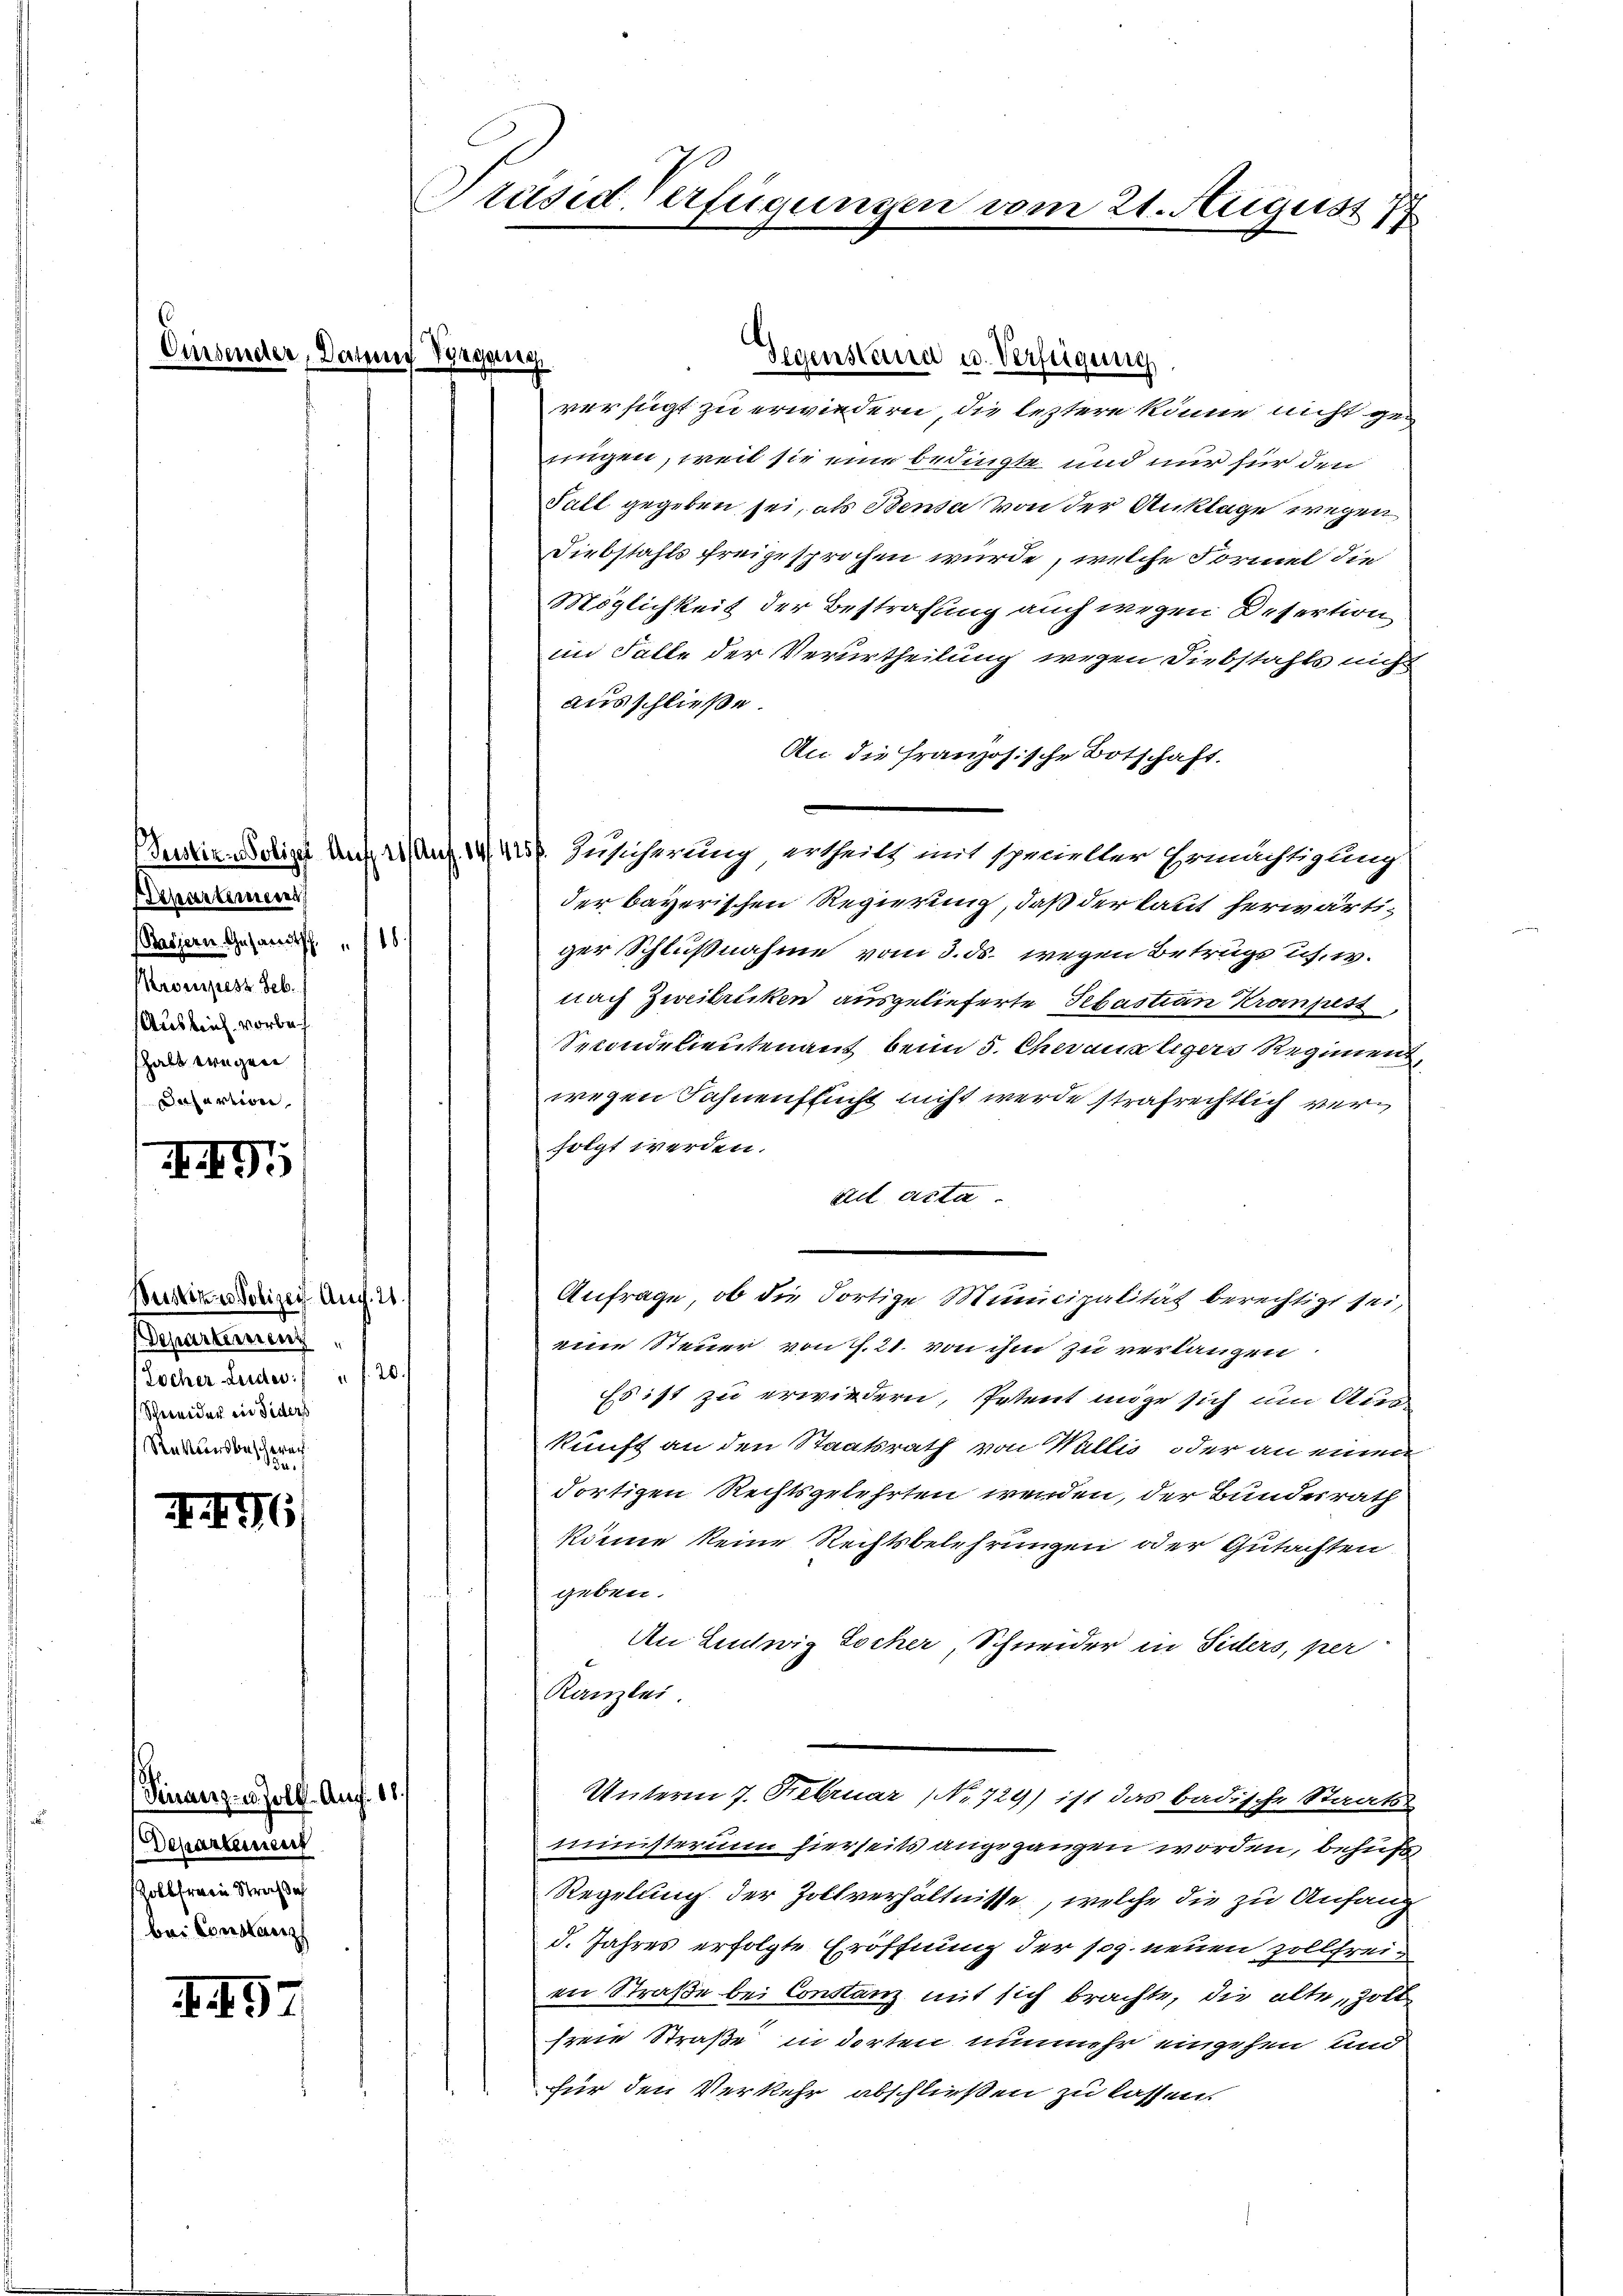
Cursend

e

Departemen
Bassern Gesandtsch. 18
Kroupesz Seb.
Auslief vorbeh
halb wegen
Dasartion

II9

Bustiz u. Polizei Aug. 21.
Departement
Tocher Leder    "  20
Schweider in Fiders
Rakensbescherech

II76

(Finanz- u. soll. Aug. 11.
Departement
Zollfrei Straf ich
bei Constanz

. 97

Präsid-Verfügungen vom 21. August 177

mit Wegung,
Gegenstand u. Verfeigung
verfügt zu erwiedern, die leztere könne nicht genügen, weil sie eine bedingte und nur für den
Fall gegeben sei, als Benda von der Anklage wegen
Diebstahls freigesprochen wurde, welche Formel die
Möglichkeit der Bestrafung auch wegen Desertion
im Falle der Verurtheilung wegen Diebstahls nicht
ausschließe.
An die französische Botschaft.
estoris Auf Ant. 144. Zusicherung ertheilt mit specieller Ermächtigung
der bayerischen Regierung, daß der laut herwärtiger Schlußnahme vom 3. ds. wegen Betrugs us. w.
nach Zweitricken ausgelieferte Sebastian Krampest
Secondelieutenant beim 5. Chevaux ligers Regiment
wegen Fahnenflucht nicht werde strafrechtlich verfolgt werden.
ad acta
Anfrage, ob die Fortige Municipalität berechtigt sei,
eine Steuer von S. 21. von ihm zu verlangen
Es ist zu erwiedern, Petent möge sich um Aus-
kunft an den Staatsrath von Wallis, oder an einen
dortigen Rechtsgelehrten werden, der Bundesrath
könne keine Rechtsbelehrungen oder Gutachten
s
geben.
An Ludwig Locher, Schneider in Siders, per
Kanzlei
Unterm 7. Februar (Nr. 729) ist das badische Staats-
ministerium hierseits angegangen worden, behufs
Regelung der Zollverhältnisse, welche die zu Anfang
d. Jahres erfolgte Eröffnung der sog. neuen zollfrei-
en Straße bei Constanz mit sich brachte, die alte, Zoll
freie Straße in dorten nunmehr eingehen und
Für den Verkehr abschließen zu lassen.